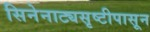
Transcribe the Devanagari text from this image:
सिनेनाट्यसृष्टीपासून